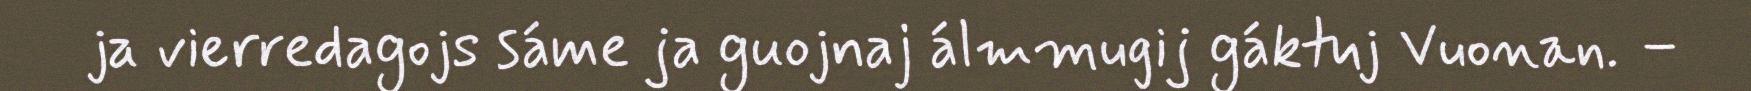
ja vierredagojs sáme ja guojnaj álmmugij gáktuj Vuonan. –